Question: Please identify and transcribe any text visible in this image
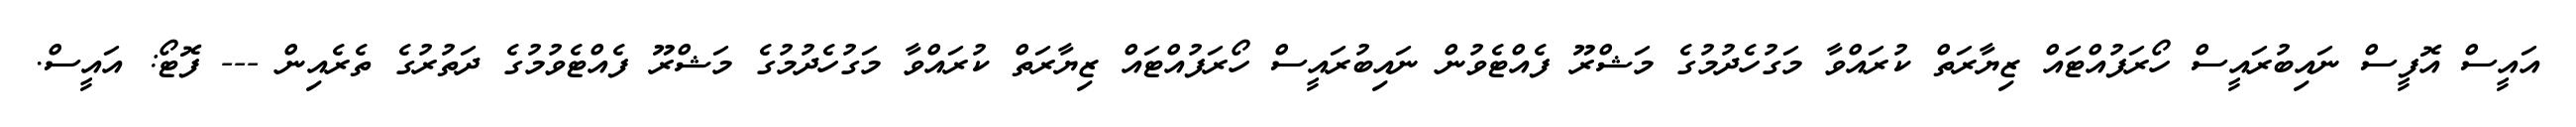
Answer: އައީސް އޮފީސް ނައިބުރައީސް ހޯރަފުއްޓައް ޒިޔާރަތް ކުރައްވާ މަގުހެދުމުގެ މަޝްރޫ ފެއްޓެވުން ނައިބުރައީސް ހޯރަފުއްޓައް ޒިޔާރަތް ކުރައްވާ މަގުހެދުމުގެ މަޝްރޫ ފެއްޓެވުމުގެ ދަތުރުގެ ތެރެއިން --- ފޮޓޯ: އައީސް.